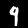
Label: 9